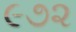
૯૭૨